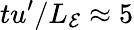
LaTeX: tu^{\prime}/L_{\mathcal{E}}\approx 5